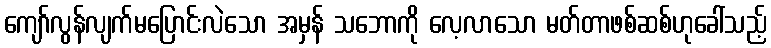
ကျော်လွန်လျက်မပြောင်းလဲသော အမှန် သဘောကို လေ့လာသော မတ်တာဖစ်ဆစ်ဟုခေါ်သည့်